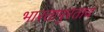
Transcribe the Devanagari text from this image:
भारतापुरताच